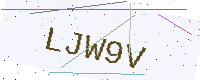
Text: LJW9V